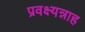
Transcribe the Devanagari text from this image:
प्रवक्ष्यन्नाह